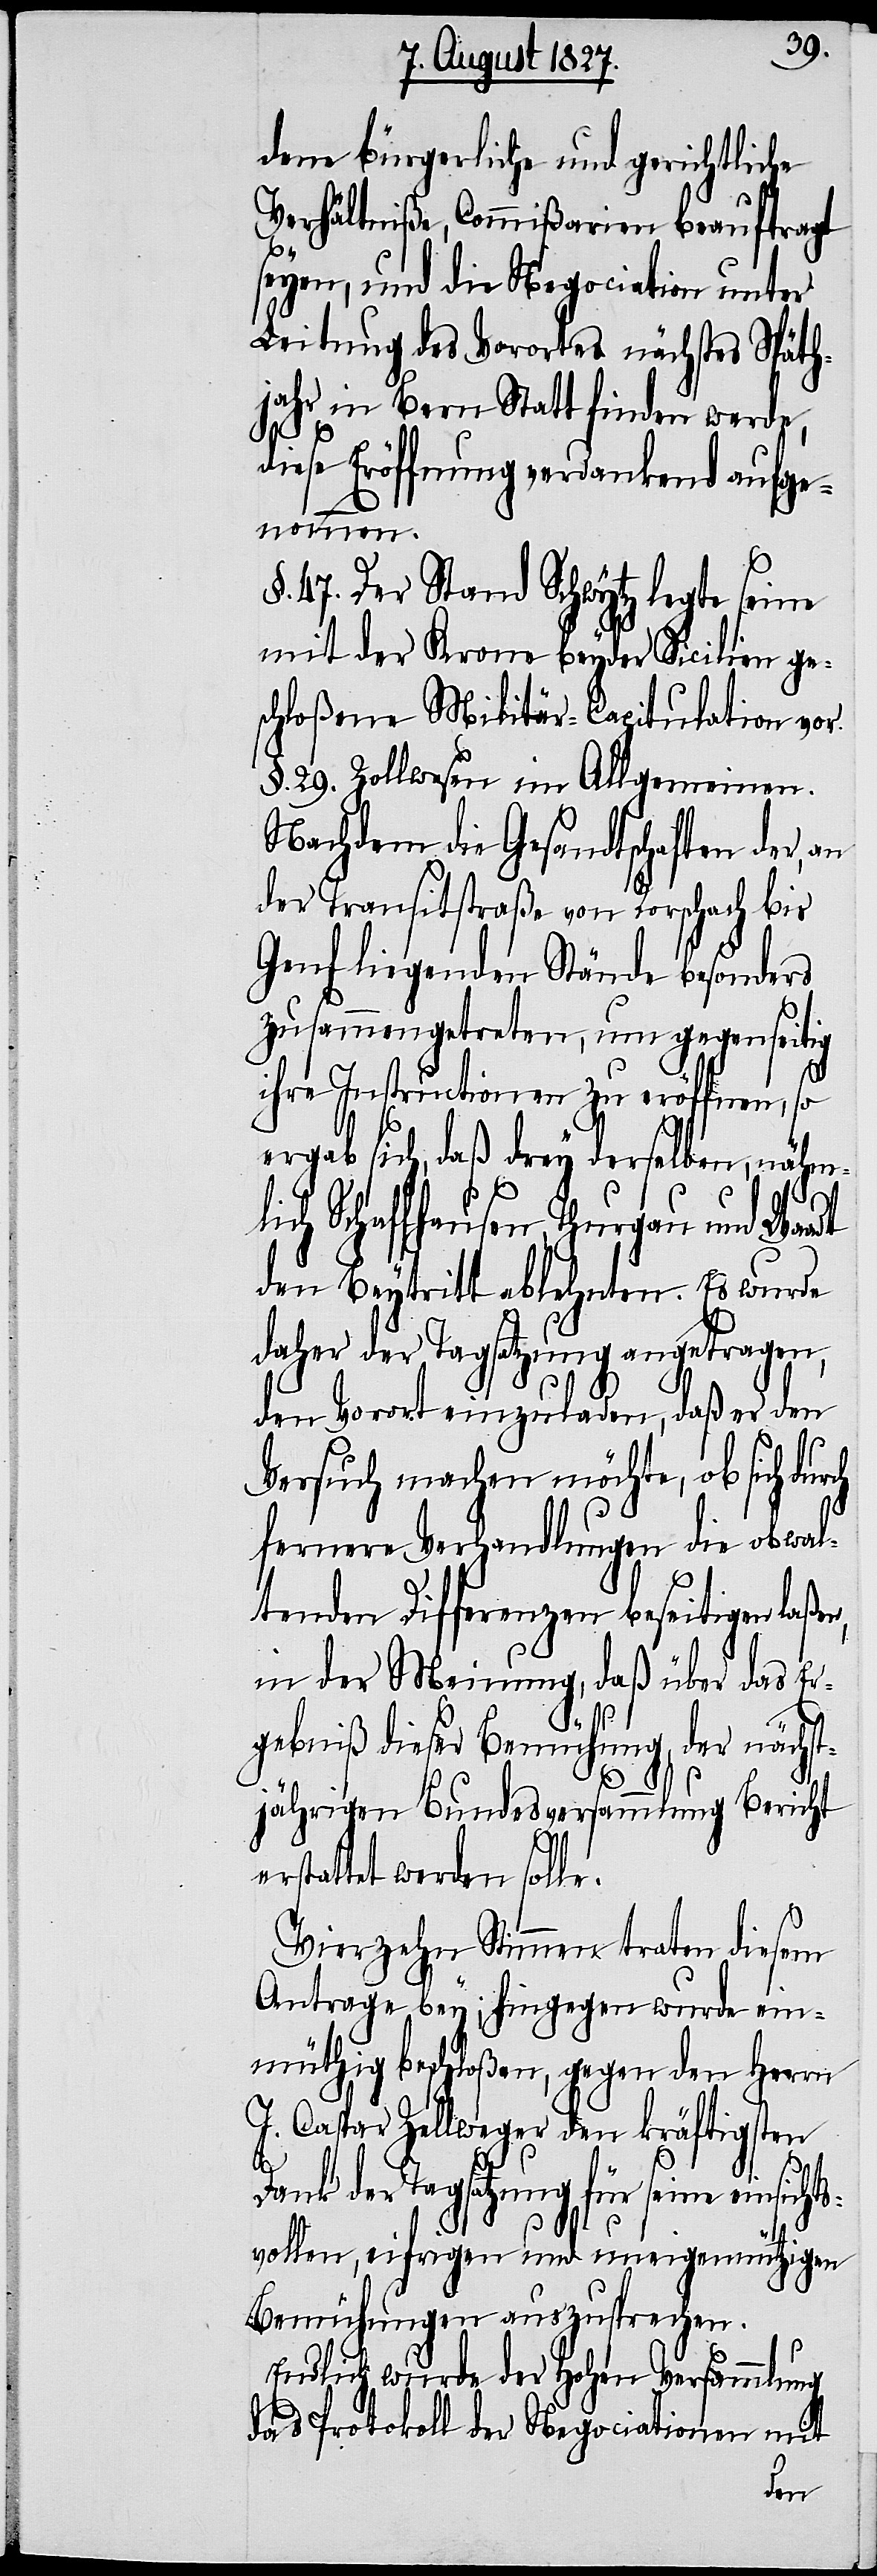
dene bürgerliche und gerichtliche
Verhältniße, Commißarien beauftragt
seyen, und die Negociation unter
Leitung des Vorortes nächstes Späth¬
jahr in Bern Statt finden werde,
diese Eröffnung verdankend aufge¬
nommen.
§. 47. Der Stand Schwytz legte seine
mit der Krone beyder Sicilien ge¬
schloßene Militär-Capitulation vor.
§. 29. Zollwesen im Allgemeinen.
Nachdem die Gesandtschaften der, an
der Transitstraße von Rorschach bis
Genf liegenden Stände besonders
zusammengetreten, um gegenseitig
ihre Instructionen zu eröffnen, so
ergab sich, daß drey derselben, näm¬
lich Schaffhausen, Thurgau und Waadt
den Beytritt ablehnten. Es wurde
daher der Tagsatzung angetragen,
den Vorort einzuladen, daß er den
Versuch machen möchte, ob sich dur¬
fernere Verhandlungen die obwal¬
tenden Differenzen beseitigen laßen,
in der Meinung, daß über das Er¬
gebniß dieser Bemühung, der nächst¬
jährigen Bundesversammlung Bericht
erstattet werden solle.
Vierzehn Stimmen traten diesem
Antrage bey; hingegen wurde ein¬
müthig beschloßen, gegen den Herrn
J. Caspar Zellweger den kräftigsten
t¬
Dank der Tagsatzung für seine einsich¬
svollen, eifrigen und uneigennützigen
Bemühungen anzusprechen.
Endlich wurde der Hohen Versammlung
das Protokoll der Negociationen mit